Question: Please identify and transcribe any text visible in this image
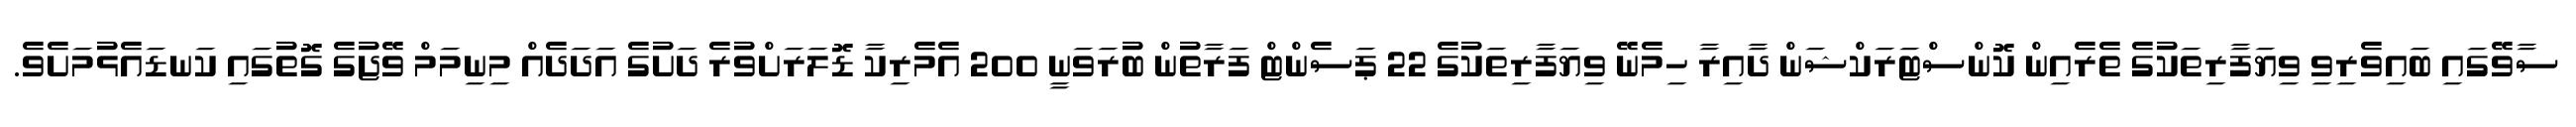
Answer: ސާވޭގައި ބައިވެރިވި ވިޔަފާރިތަކުގެ ތެރެއިން ކޮންސްޓަރަކްޝަން ދާއިރާ ހިމެނޭ ވިޔަފާރިތަކުގެ 22 ޕަސެންޓް ފަރާތުން ބުރަވަނީ 200 އެމެރިކާ ޑޮލަރަށްވުރެ ދަށުގެ އަދަދެއް މިނިމަމް ވޭޖުގެ ގޮތުގައި ކަނޑައެޅުމަށެވެ.